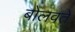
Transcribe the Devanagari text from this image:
बोलवते